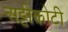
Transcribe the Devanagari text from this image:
अट्टीकोटी